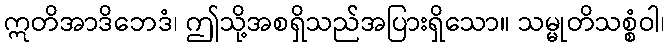
ဣတိအာဒိဘေဒံ၊ ဤသို့အစရှိသည်အပြားရှိသော။ သမ္မုတိသစ္စံဝါ၊